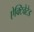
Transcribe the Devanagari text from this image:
ऐक्टिवेटेड